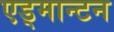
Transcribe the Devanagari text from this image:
एड्मान्टन